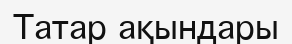
Татар ақындары